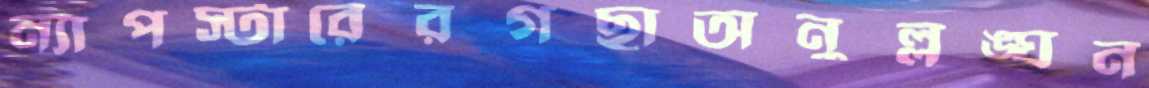
ন্যাপস্টারেরগছাঅনুল্লঙ্ঘন